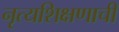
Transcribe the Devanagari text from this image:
नृत्यशिक्षणाची